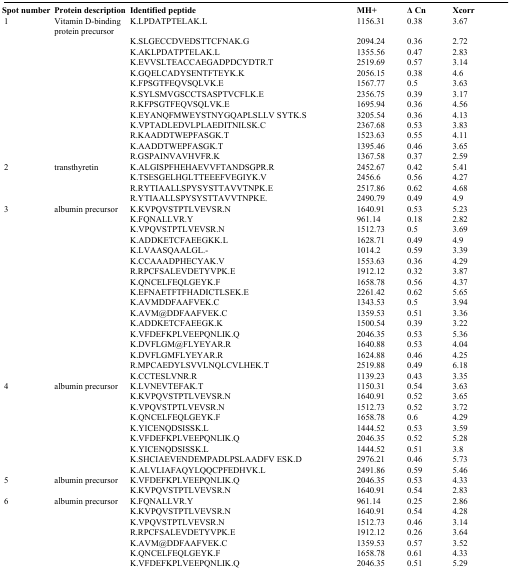
<table><thead><tr><td><b>Spot number</b></td><td><b>Protein description</b></td><td><b>Identified peptide</b></td><td><b>MH+</b></td><td><b>Δ Cn</b></td><td><b>Xcorr</b></td></tr></thead><tbody><tr><td>1</td><td>Vitamin D-binding protein precursor</td><td>K.LPDATPTELAK.L</td><td>1156.31</td><td>0.38</td><td>3.67</td></tr><tr><td></td><td></td><td>K.SLGECCDVEDSTTCFNAK.G</td><td>2094.24</td><td>0.36</td><td>2.72</td></tr><tr><td></td><td></td><td>K.AKLPDATPTELAK.L</td><td>1355.56</td><td>0.47</td><td>2.83</td></tr><tr><td></td><td></td><td>K.EVVSLTEACCAEGADPDCYDTR.T</td><td>2519.69</td><td>0.57</td><td>3.14</td></tr><tr><td></td><td></td><td>K.GQELCADYSENTFTEYK.K</td><td>2056.15</td><td>0.38</td><td>4.6</td></tr><tr><td></td><td></td><td>K.FPSGTFEQVSQLVK.E</td><td>1567.77</td><td>0.5</td><td>3.63</td></tr><tr><td></td><td></td><td>K.SYLSMVGSCCTSASPTVCFLK.E</td><td>2356.75</td><td>0.39</td><td>3.17</td></tr><tr><td></td><td></td><td>R.KFPSGTFEQVSQLVK.E</td><td>1695.94</td><td>0.36</td><td>4.56</td></tr><tr><td></td><td></td><td>K.EYANQFMWEYSTNYGQAPLSLLV SYTK.S</td><td>3205.54</td><td>0.36</td><td>4.13</td></tr><tr><td></td><td></td><td>K.VPTADLEDVLPLAEDITNILSK.C</td><td>2367.68</td><td>0.53</td><td>3.83</td></tr><tr><td></td><td></td><td>R.KAADDTWEPFASGK.T</td><td>1523.63</td><td>0.55</td><td>4.11</td></tr><tr><td></td><td></td><td>K.AADDTWEPFASGK.T</td><td>1395.46</td><td>0.46</td><td>3.65</td></tr><tr><td></td><td></td><td>R.GSPAINVAVHVFR.K</td><td>1367.58</td><td>0.37</td><td>2.59</td></tr><tr><td>2</td><td>transthyretin</td><td>K.ALGISPFHEHAEVVFTANDSGPR.R</td><td>2452.67</td><td>0.42</td><td>5.41</td></tr><tr><td></td><td></td><td>K.TSESGELHGLTTEEEFVEGIYK.V</td><td>2456.6</td><td>0.56</td><td>4.27</td></tr><tr><td></td><td></td><td>R.RYTIAALLSPYSYSTTAVVTNPK.E</td><td>2517.86</td><td>0.62</td><td>4.68</td></tr><tr><td></td><td></td><td>R.YTIAALLSPYSYSTTAVVTNPKE.</td><td>2490.79</td><td>0.49</td><td>4.9</td></tr><tr><td>3</td><td>albumin precursor</td><td>K.KVPQVSTPTLVEVSR.N</td><td>1640.91</td><td>0.53</td><td>5.23</td></tr><tr><td></td><td></td><td>K.FQNALLVR.Y</td><td>961.14</td><td>0.18</td><td>2.82</td></tr><tr><td></td><td></td><td>K.VPQVSTPTLVEVSR.N</td><td>1512.73</td><td>0.5</td><td>3.69</td></tr><tr><td></td><td></td><td>K.ADDKETCFAEEGKK.L</td><td>1628.71</td><td>0.49</td><td>4.9</td></tr><tr><td></td><td></td><td>K.LVAASQAALGL.-</td><td>1014.2</td><td>0.59</td><td>3.39</td></tr><tr><td></td><td></td><td>K.CCAAADPHECYAK.V</td><td>1553.63</td><td>0.36</td><td>4.29</td></tr><tr><td></td><td></td><td>R.RPCFSALEVDETYVPK.E</td><td>1912.12</td><td>0.32</td><td>3.87</td></tr><tr><td></td><td></td><td>K.QNCELFEQLGEYK.F</td><td>1658.78</td><td>0.56</td><td>4.37</td></tr><tr><td></td><td></td><td>K.EFNAETFTFHADICTLSEK.E</td><td>2261.42</td><td>0.62</td><td>5.65</td></tr><tr><td></td><td></td><td>K.AVMDDFAAFVEK.C</td><td>1343.53</td><td>0.5</td><td>3.94</td></tr><tr><td></td><td></td><td>K.AVM@DDFAAFVEK.C</td><td>1359.53</td><td>0.51</td><td>3.36</td></tr><tr><td></td><td></td><td>K.ADDKETCFAEEGK.K</td><td>1500.54</td><td>0.39</td><td>3.22</td></tr><tr><td></td><td></td><td>K.VFDEFKPLVEEPQNLIK.Q</td><td>2046.35</td><td>0.53</td><td>5.36</td></tr><tr><td></td><td></td><td>K.DVFLGM@FLYEYAR.R</td><td>1640.88</td><td>0.53</td><td>4.04</td></tr><tr><td></td><td></td><td>K.DVFLGMFLYEYAR.R</td><td>1624.88</td><td>0.46</td><td>4.25</td></tr><tr><td></td><td></td><td>R.MPCAEDYLSVVLNQLCVLHEK.T</td><td>2519.88</td><td>0.49</td><td>6.18</td></tr><tr><td></td><td></td><td>K.CCTESLVNR.R</td><td>1139.23</td><td>0.43</td><td>3.35</td></tr><tr><td>4</td><td>albumin precursor</td><td>K.LVNEVTEFAK.T</td><td>1150.31</td><td>0.54</td><td>3.63</td></tr><tr><td></td><td></td><td>K.KVPQVSTPTLVEVSR.N</td><td>1640.91</td><td>0.52</td><td>3.65</td></tr><tr><td></td><td></td><td>K.VPQVSTPTLVEVSR.N</td><td>1512.73</td><td>0.52</td><td>3.72</td></tr><tr><td></td><td></td><td>K.QNCELFEQLGEYK.F</td><td>1658.78</td><td>0.6</td><td>4.29</td></tr><tr><td></td><td></td><td>K.YICENQDSISSK.L</td><td>1444.52</td><td>0.53</td><td>3.59</td></tr><tr><td></td><td></td><td>K.VFDEFKPLVEEPQNLIK.Q</td><td>2046.35</td><td>0.52</td><td>5.28</td></tr><tr><td></td><td></td><td>K.YICENQDSISSK.L</td><td>1444.52</td><td>0.51</td><td>3.8</td></tr><tr><td></td><td></td><td>K.SHCIAEVENDEMPADLPSLAADFV ESK.D</td><td>2976.21</td><td>0.46</td><td>5.73</td></tr><tr><td></td><td></td><td>K.ALVLIAFAQYLQQCPFEDHVK.L</td><td>2491.86</td><td>0.59</td><td>5.46</td></tr><tr><td>5</td><td>albumin precursor</td><td>K.VFDEFKPLVEEPQNLIK.Q</td><td>2046.35</td><td>0.53</td><td>4.33</td></tr><tr><td></td><td></td><td>K.KVPQVSTPTLVEVSR.N</td><td>1640.91</td><td>0.54</td><td>2.83</td></tr><tr><td>6</td><td>albumin precursor</td><td>K.FQNALLVR.Y</td><td>961.14</td><td>0.25</td><td>2.86</td></tr><tr><td></td><td></td><td>K.KVPQVSTPTLVEVSR.N</td><td>1640.91</td><td>0.54</td><td>4.28</td></tr><tr><td></td><td></td><td>K.VPQVSTPTLVEVSR.N</td><td>1512.73</td><td>0.46</td><td>3.14</td></tr><tr><td></td><td></td><td>R.RPCFSALEVDETYVPK.E</td><td>1912.12</td><td>0.26</td><td>3.64</td></tr><tr><td></td><td></td><td>K.AVM@DDFAAFVEK.C</td><td>1359.53</td><td>0.57</td><td>3.52</td></tr><tr><td></td><td></td><td>K.QNCELFEQLGEYK.F</td><td>1658.78</td><td>0.61</td><td>4.33</td></tr><tr><td></td><td></td><td>K.VFDEFKPLVEEPQNLIK.Q</td><td>2046.35</td><td>0.51</td><td>5.29</td></tr></tbody></table>